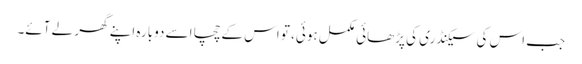
جب اس کی سیکنڈری کی پڑھائی مکمل ہوئی، تو اس کے چچا اسے دوبارہ اپنے گھر لے آئے۔